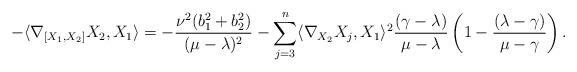
LaTeX: \begin{align*}-\langle\nabla_{[X_{1},X_{2}]}X_{2},X_{1}\rangle=-\displaystyle\frac{\nu^{2}(b_{1}^{2}+b_{2}^{2})}{(\mu-\lambda)^{2}}-\sum_{j=3}^{n}\langle\nabla_{X_{2}}X_{j},X_{1}\rangle^{2}\displaystyle\frac{(\gamma-\lambda)}{\mu-\lambda}\left(1-\displaystyle\frac{(\lambda-\gamma)}{\mu-\gamma}\right).\end{align*}